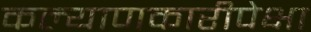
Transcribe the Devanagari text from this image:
कल्याणकारीपेक्षा